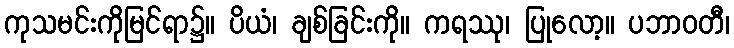
ကုသမင်းကိုမြင်ရာ၌။ ပိယံ၊ ချစ်ခြင်းကို။ ကရဿု၊ ပြုလော့။ ပဘာဝတီ၊